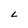
Character: L